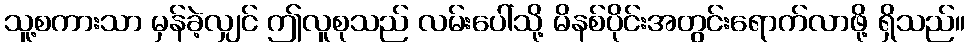
သူ့စကားသာ မှန်ခဲ့လျှင် ဤလူစုသည် လမ်းပေါ်သို့ မိနစ်ပိုင်းအတွင်းရောက်လာဖို့ ရှိသည်။